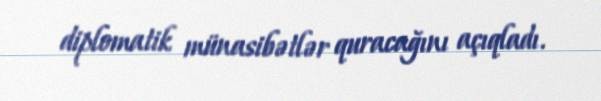
diplomatik münasibətlər quracağını açıqladı.